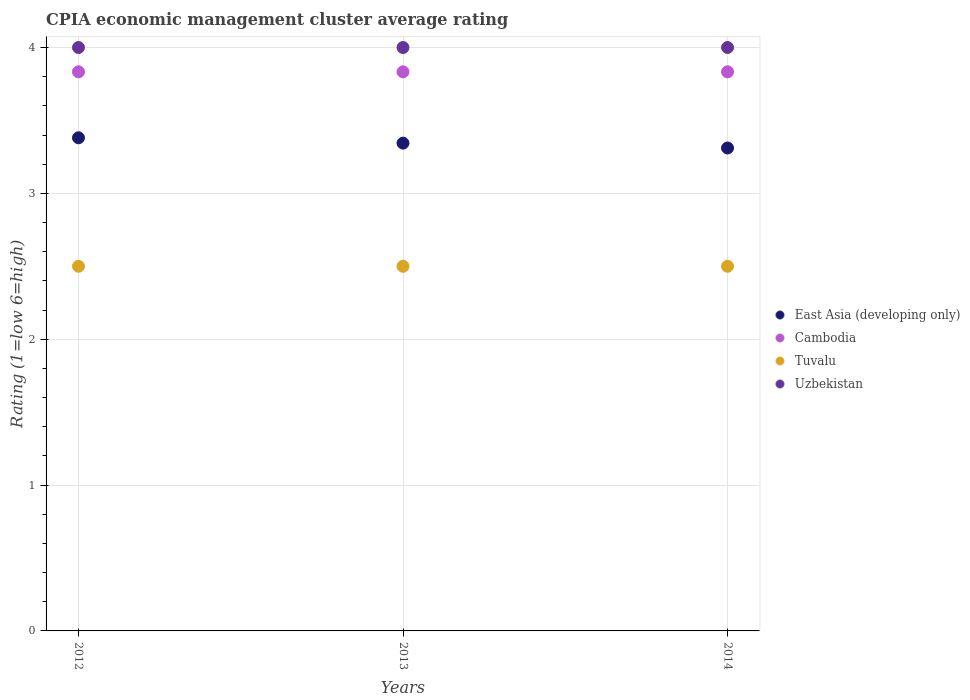
| Years | East Asia (developing only) | Cambodia | Tuvalu | Uzbekistan |
 | --- | --- | --- | --- | --- |
 | 2012 | 3.38 | 3.83 | 2.5 | 4 |
 | 2013 | 3.34 | 3.83 | 2.5 | 4 |
 | 2014 | 3.31 | 3.83 | 2.5 | 4 |